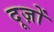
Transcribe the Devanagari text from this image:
दूज़ों